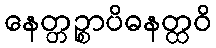
နေတ္တဉ္စာပိဓနတ္ထဝိ